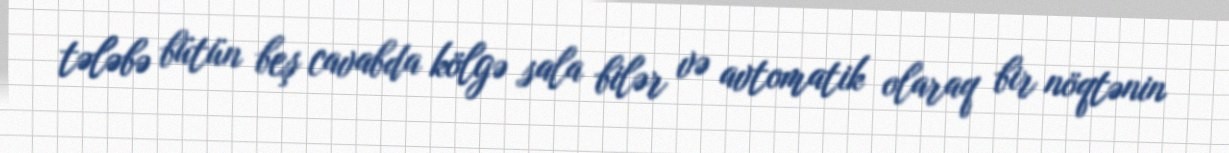
tələbə bütün beş cavabda kölgə sala bilər və avtomatik olaraq bir nöqtənin